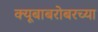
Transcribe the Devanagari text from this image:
क्यूबाबरोबरच्या